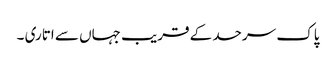
پاک سرحد کے قریب جہاں سے اتاری ۔